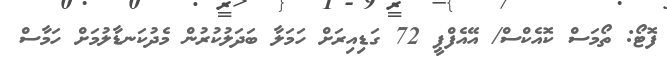
ފޮޓޯ: ތޯމަސް ކޮއެކްސް/ އޭއެފްޕީ 72 ގަޑިއިރަށް ހަމަލާ ބަދަލުކުރުން މެދުކަނޑާލުމަށް ހަމާސް